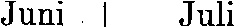
Juni  Juli